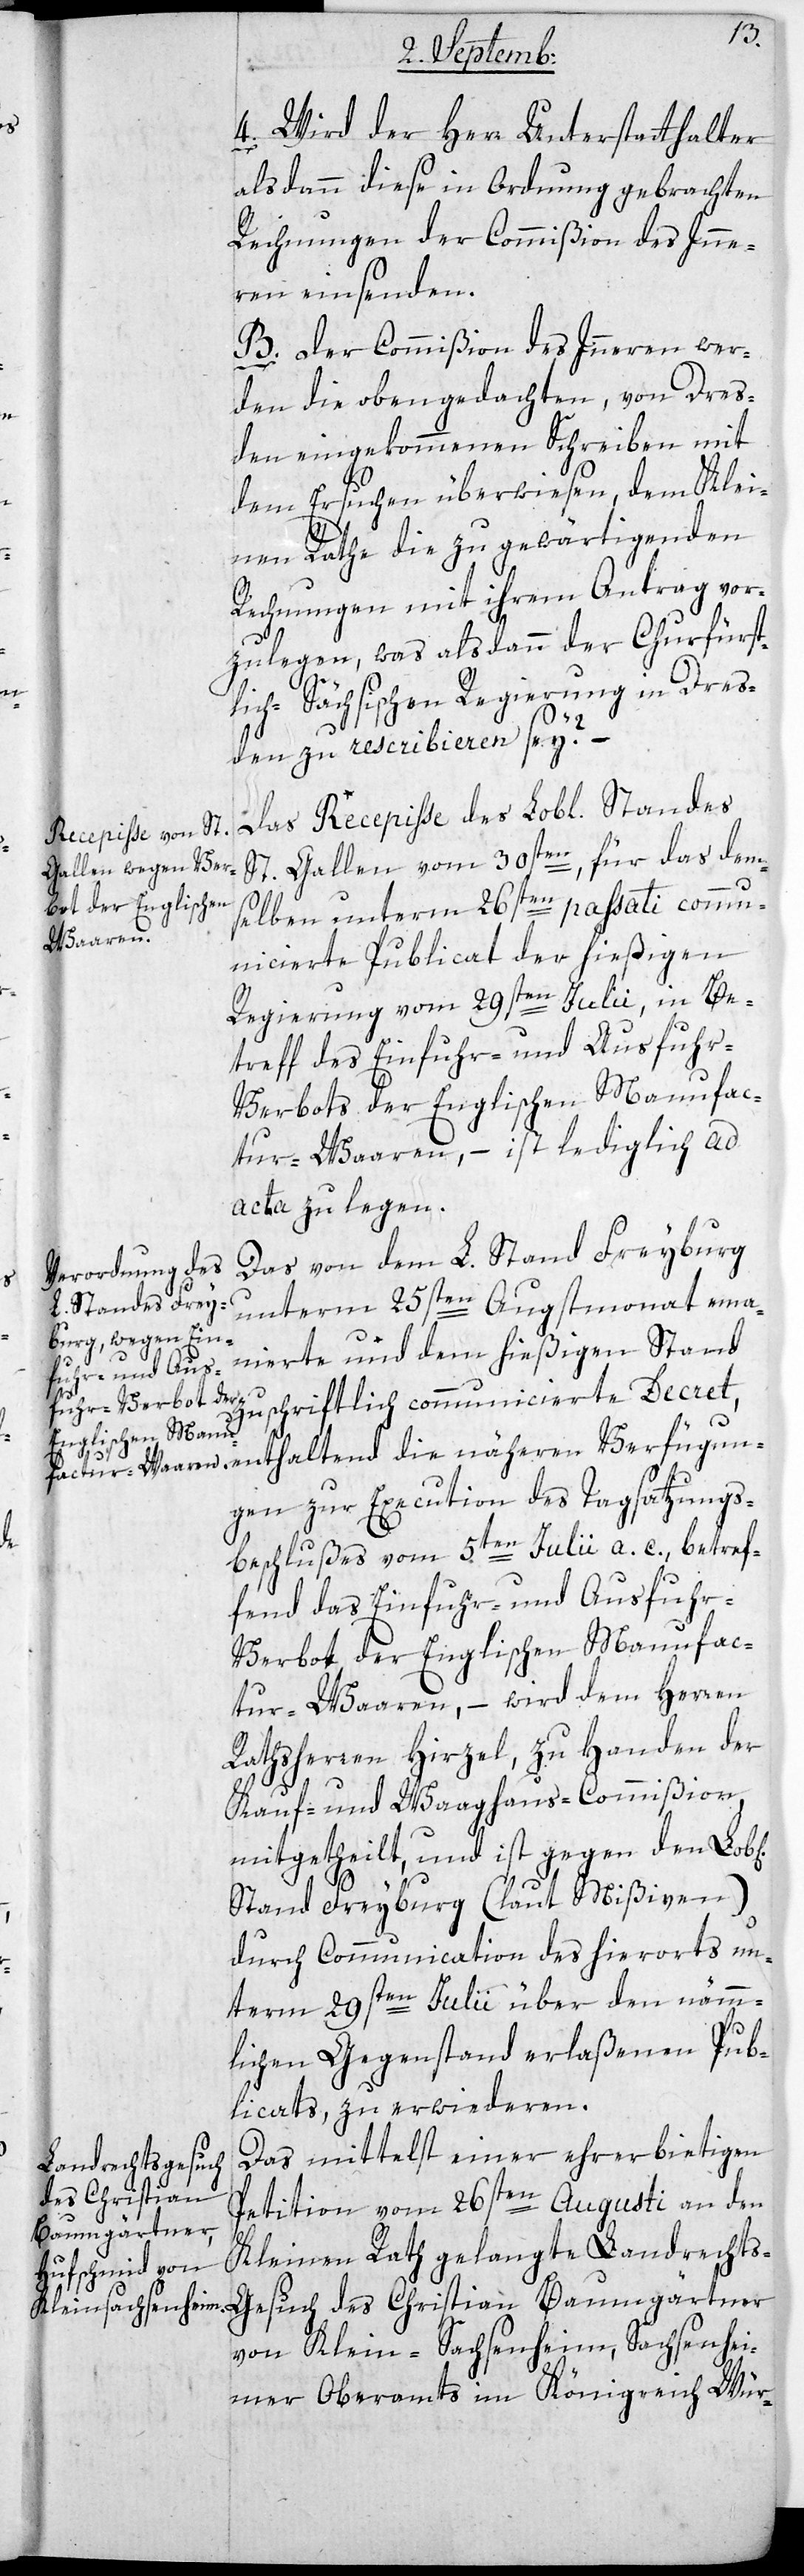
4. Wird der Herr Unterstatthalter
alsdann diese in Ordnung gebrachten
Rechnungen der Commißion des Inne¬
rn einsenden.
B. Der Commißion des Innern wer¬
den die obgedachten, von Dres¬
den eingekommenen Schreiben mit
dem Ersuchen überwiesen, dem Klei¬
l[i¬
nen Rathe die zu gewärtigenden
Rechnungen mit ihrem Antrag vor¬
zulegen, was alsdann der Churfüst¬
lich-Sächsischen Regierung in Dres¬
den zu rescribieren sey? –
Das Recepiße des Lobl. Standes
St. Gallen vom 30sten, für das dem¬
selben unterm 26sten passati commu¬
nicierte Publicat des hiesigen
Regierung vom 29sten Julii, in Be¬
treff des Einfuhr- und Ausfuhr-V¬
erbots der Englischen Manufac¬
tur-Waaren, – ist lediglich ad
acta zu legen.
Das von dem L. Stand Freyburg
unterm 25sten Augstmonat ema¬
nierte und dem hiesigen Stand
chen]
zuschriftlich communicierte Decret,
gen zur Execution des Tagsatzungs¬
beschlußes vom 5ten Julii a. c., betref¬
fend das Einfuhr- und Ausfuh¬
r-Verbot der Englischen Manufac¬
tur-Waaren, – wird dem Herren
Ratsherren Hirzel, zu Handen der
Kauf- und Waaghaus-Commißion
mitgetheilt, und ist gegen den Lob¬
Stand Freyburg (laut Mißiven)
durch Communication des hierorts un¬
term 29sten Julii über den nämm¬
lichen Gegenstand erlaßenen Pub¬
licats, zu erwiedern.
Das mittelst einer ehrerbietigen
Petiton vom 26sten Augusti an den
Kleinen Rath gelangte Landrecht¬
s-Gesuch des Christian Baumgärtner
von Klein-Sachsenheim, Sachsenhei¬
mer Oberamts im Königreich Wür-